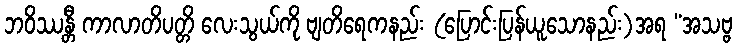
ဘဝိဿန္တီ ကာလာတိပတ္တိ လေးသွယ်ကို ဗျတိရေကနည်း (ပြောင်းပြန်ယူသောနည်း)အရ “အသဗ္ဗ